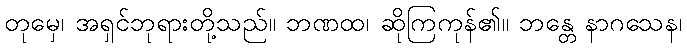
တုမှေ၊ အရှင်ဘုရားတို့သည်။ ဘဏထ၊ ဆိုကြကုန်၏။ ဘန္တေ နာဂသေန၊